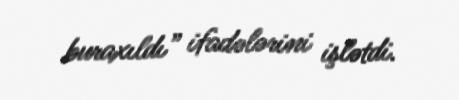
buraxıldı” ifadələrini işlətdi.